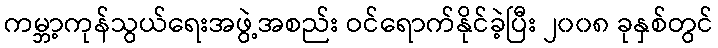
ကမ္ဘာ့ကုန်သွယ်ရေးအဖွဲ့အစည်း ဝင်ရောက်နိုင်ခဲ့ပြီး ၂၀၀၈ ခုနှစ်တွင်